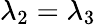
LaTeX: \lambda_{2}=\lambda_{3}